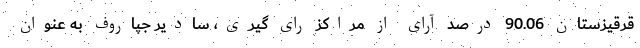
قرقیزستان 90.06 درصد آرای از مراکز رای گیری، سادیر جپاروف به عنوان